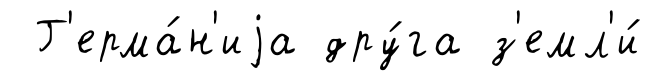
Г'ерма́н'иjа дру́га з'емл'и́